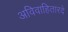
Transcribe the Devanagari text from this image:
अविवाहितारदे